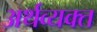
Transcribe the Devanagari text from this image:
अर्थव्यक्त